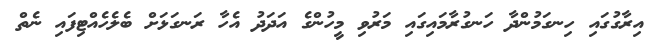
އިރާގުގައި ހިނގަމުންދާ ހަނގުރާމައިގައި މަރުވި މީހުންގެ އަދަދު އެހާ ރަނގަޅަށް ބެލެހެއްޓިފައި ނެތް